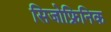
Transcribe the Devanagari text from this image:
सिजोफ्रिनिक